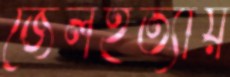
জেলহত্যায়